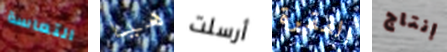
التعاسة هيا أرسلت الفقرة إنتاج